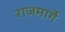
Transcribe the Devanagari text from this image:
राजमार्गे